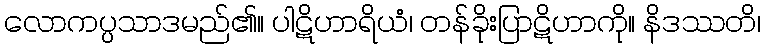
လောကပ္ပသာဒမည်၏။ ပါဋိဟာရိယံ၊ တန်ခိုးပြာဋိဟာကို။ နိဒဿတိ၊